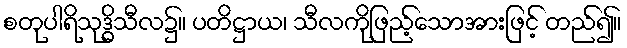
စတုပါရိသုဒ္ဓိသီလ၌။ ပတိဋ္ဌာယ၊ သီလကိုဖြည့်သောအားဖြင့် တည်၍။